Civil Veterinary Dept. North-West Frontier Province 1933-46 - 1933-1946
Year: 1933
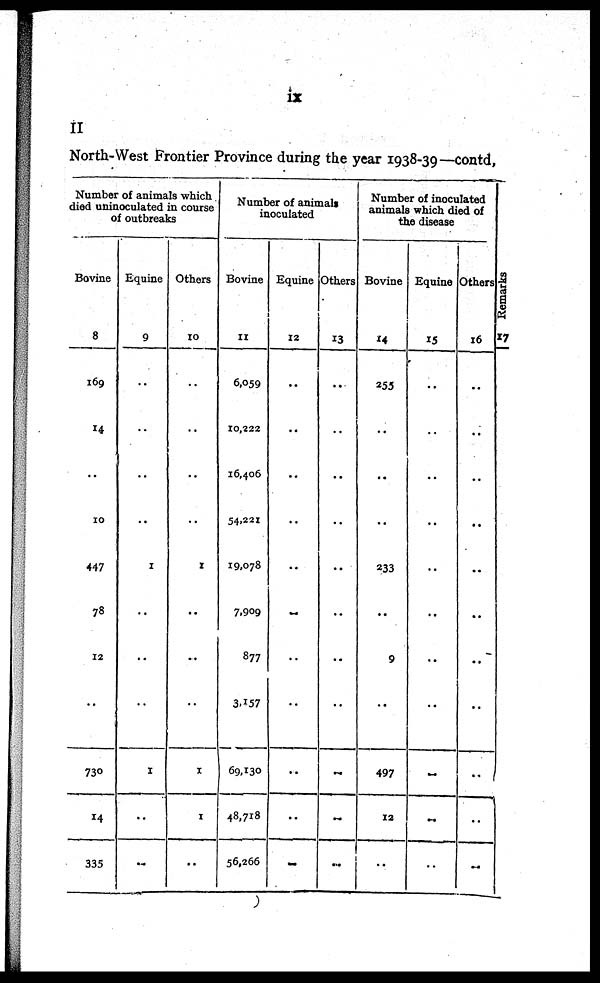
ix
II
North-West Frontier Province during the year 1938-39—contd,
Number of animals which
died uninoculated in course
of outbreaks
Bovine
8
169
14
..
10
447
78
12
..
730
14
335
Equine
9
..
..
..
..
1
..
..
..
1
..
..
Others
10
..
..
..
..
1
..
...
..
1
1
..
Number of animals
inoculated
Bovine
11
6,059
10,222
16,406
54,221
19,078
7.909
877
3,157
69.130
48,718
56,266
Equine
12
..
..
..
..
..
..
..
..
..
..
..
Others
13
..
..
..
..
..
..
..
..
..
..
..
Number of inoculated
animals which died of
the disease
Bovine
14
255
..
..
..
233
..
9
..
497
12
..
Equine
15
..
..
..
..
..
..
..
..
..
..
..
Others
16
..
..
..
..
..
..
..
..
..
..
..
Re ma r
k s
17